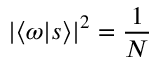
\left| \langle \omega | s \rangle \right| ^ { 2 } = { \frac { 1 } { N } }